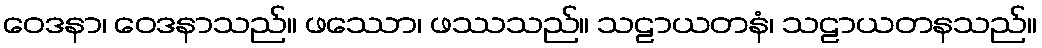
ဝေဒနာ၊ ဝေဒနာသည်။ ဖဿော၊ ဖဿသည်။ သဠာယတနံ၊ သဠာယတနသည်။